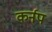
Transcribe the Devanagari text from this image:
कर्नप